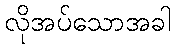
လိုအပ်သောအခါ